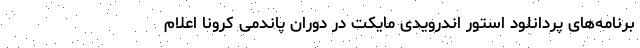
برنامه‌های پردانلود استور اندرویدی مایکت در دوران پاندمی کرونا اعلام